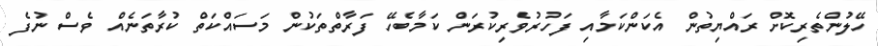
ހޭލުންތެރިކޮށް ރައްޔިތުން އެކަންކަމާއި ފަހުރުވެރިކުރަން ކަމާބެހޭ ފަރާތްތަކުން މަސައްކަތް ކުރާތަނެއް ވެސް ނުފެ